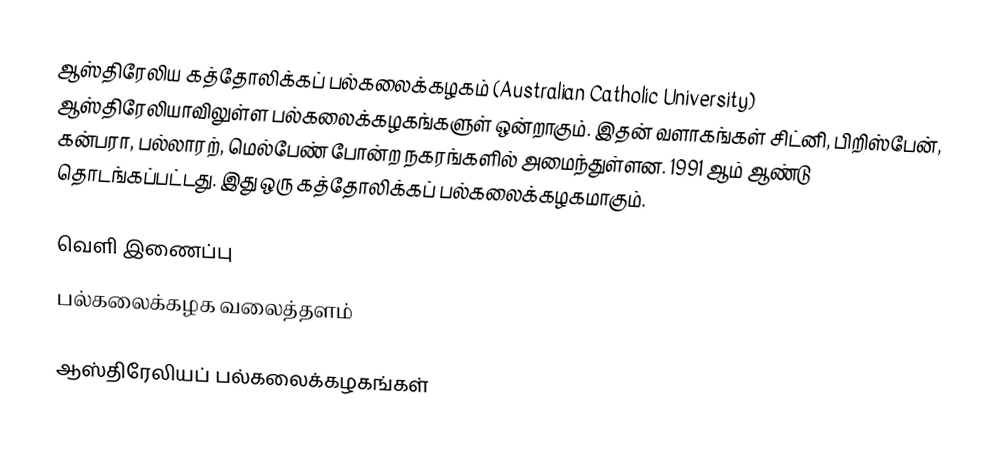
ஆஸ்திரேலிய கத்தோலிக்கப் பல்கலைக்கழகம் (Australian Catholic University) ஆஸ்திரேலியாவிலுள்ள பல்கலைக்கழகங்களுள் ஒன்றாகும். இதன் வளாகங்கள் சிட்னி, பிறிஸ்பேன், கன்பரா, பல்லாரற், மெல்பேண் போன்ற நகரங்களில் அமைந்துள்ளன. 1991 ஆம் ஆண்டு தொடங்கப்பட்டது. இது ஒரு கத்தோலிக்கப் பல்கலைக்கழகமாகும்.

வெளி இணைப்பு
 பல்கலைக்கழக வலைத்தளம்

ஆஸ்திரேலியப் பல்கலைக்கழகங்கள்